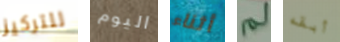
للتركيز اليوم أثناء لم أبقه